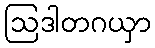
ဩဒါတဂယှာ